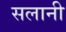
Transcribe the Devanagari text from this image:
सलानी